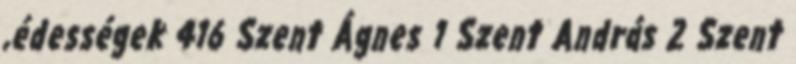
,édességek 416 Szent Ágnes 1 Szent András 2 Szent